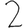
Digit: 2